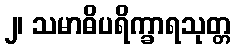
၂၊ သမာဓိပရိက္ခာရသုတ္တ